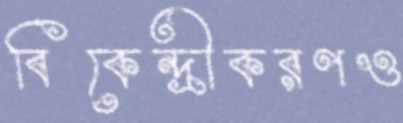
বিকেন্দ্রীকরণও